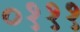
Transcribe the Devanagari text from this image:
०१११